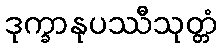
ဒုက္ခာနုပဿီသုတ္တံ